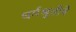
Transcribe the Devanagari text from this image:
धर्मश्रुतीचे